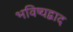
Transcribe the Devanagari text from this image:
भविष्यद्वाद